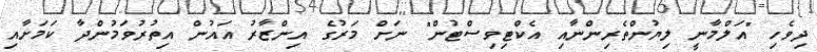
ދިވެހި "އަލްމާނީ ލިޔުންތެރިންނާއި އެކްޓިވިސްޓުން" ނަށް މަރުގެ އިންޒާރު އައުން އިތުރުވަމުންދާ ކަމަށާއި